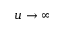
u \to \infty